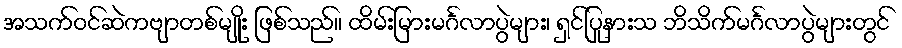
အသက်ဝင်ဆဲကဗျာတစ်မျိုး ဖြစ်သည်။ ထိမ်းမြားမင်္ဂလာပွဲများ၊ ရှင်ပြုနားသ ဘိသိက်မင်္ဂလာပွဲများတွင်